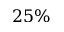
2 5 \%